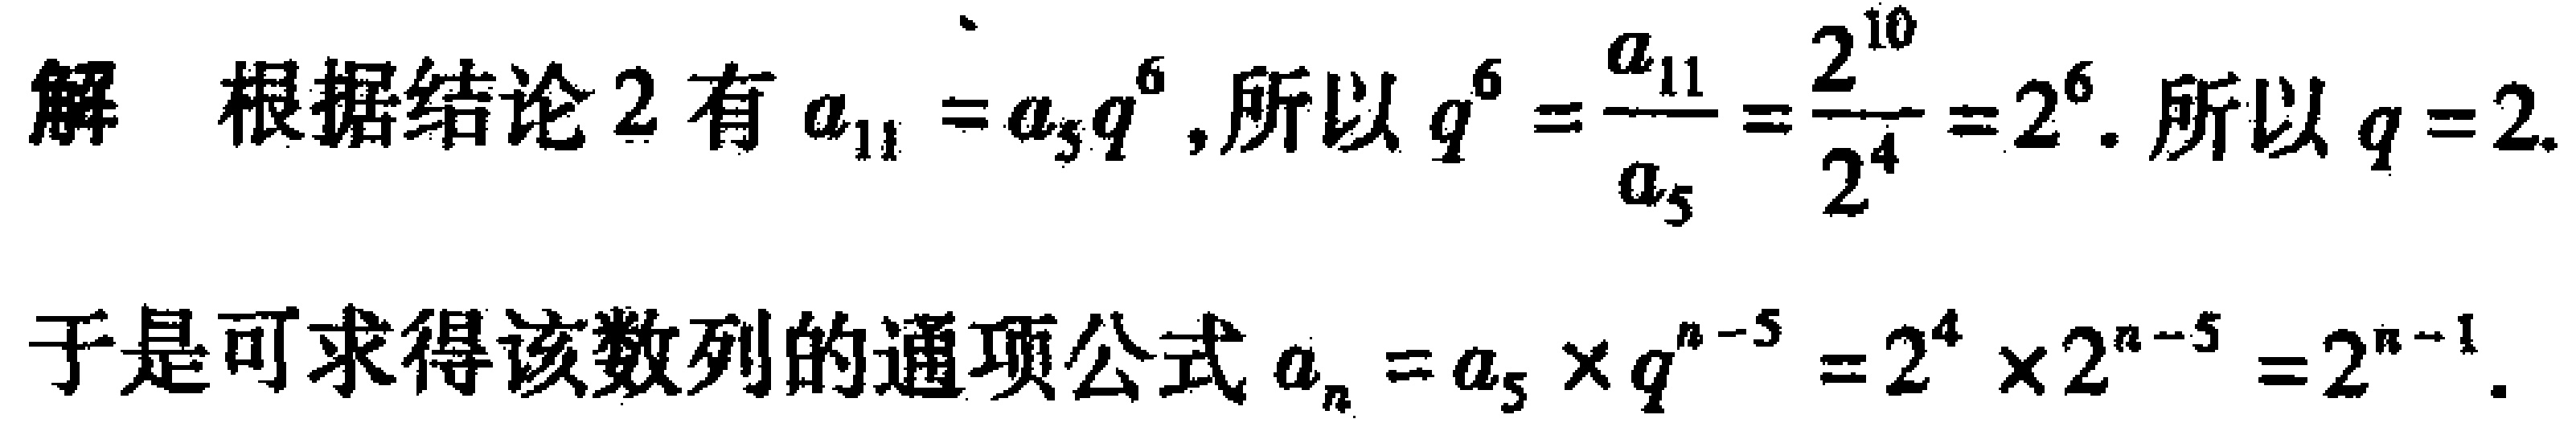
解 根据结论 2 有 \(a_{11}=a_{5}q^{6}\), 所以 \(q^{6}=\frac{a_{11}}{a_{5}}=\frac{2^{10}}{2^{4}} = 2^{6}\). 所以 \(q = 2\).
于是可求得该数列的通项公式 \(a_{n}=a_{5}\times q^{n - 5}=2^{4}\times2^{n - 5}=2^{n - 1}\).